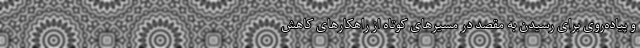
و پیاده‌روی برای رسیدن به مقصد در مسیرهای کوتاه از راهکارهای کاهش